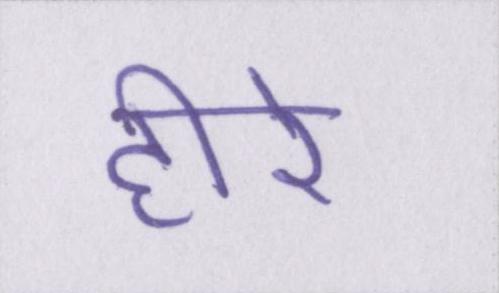
हीरे